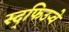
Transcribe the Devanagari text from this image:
स्द्फिउर्‍वे